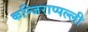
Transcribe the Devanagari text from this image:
कन्जिराप्पल्ली